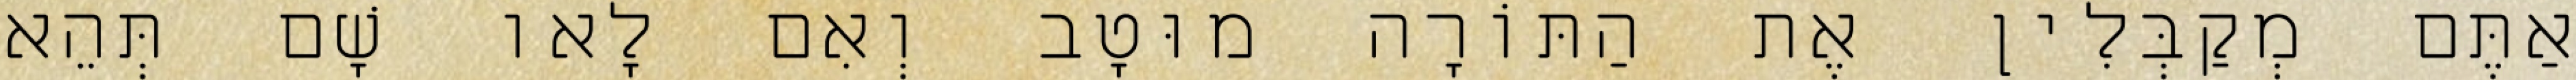
אַתֶּם מְקַבְּלִין אֶת הַתּוֹרָה מוּטָב וְאִם לָאו שָׁם תְּהֵא